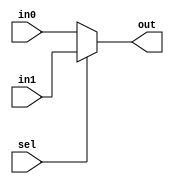
// 2 to 1 Multiplexer

module Multiplexer (
	output [31:0] out,
	input [31:0] in0, in1,
	input sel
	);
  
	assign out = (sel == 0) ? in0 : in1;
endmodule // Multiplexer